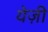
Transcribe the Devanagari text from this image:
येज़ी